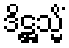
ဒိဋ္ဌသ္မိံ